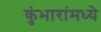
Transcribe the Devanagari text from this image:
कुंभारांमध्ये